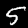
Label: 5